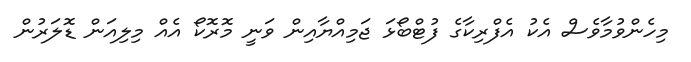
މިހެންވުމާވެސް އެކު އެފްރިކާގެ ފުޓްބޯޅަ ޖަމިއްޔާއިން ވަނީ މޮރޮކޯ އެއް މިލިއަން ޑޮލަރުން